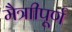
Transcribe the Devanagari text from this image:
मैत्राीपूर्ण